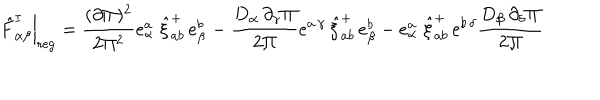
\left. \hat { F } _ { \alpha \beta } ^ { I } \right| _ { \mathrm { r e g } } = \frac { ( \partial \Pi ) ^ { 2 } } { 2 \Pi ^ { 2 } } e _ { \alpha } ^ { a \, } \, \hat { \xi } _ { a b } ^ { + } \, e _ { \beta } ^ { b \, } - \frac { D _ { \alpha } \, \partial _ { \gamma } \Pi } { 2 \Pi } e ^ { a \, \gamma } \, \hat { \xi } _ { a b } ^ { + } \, e _ { \beta } ^ { b } - e _ { \alpha } ^ { a \, } \, \hat { \xi } _ { a b } ^ { + } \, e ^ { b \, \delta } \frac { D _ { \beta } \, \partial _ { \delta } \Pi } { 2 \Pi }